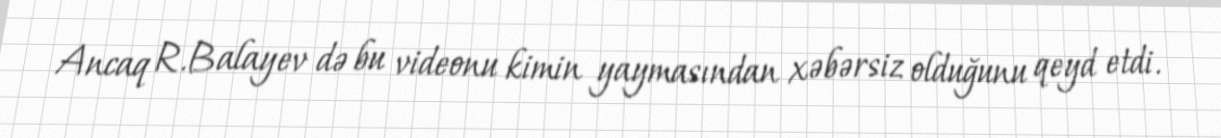
Ancaq R.Balayev də bu videonu kimin yaymasından xəbərsiz olduğunu qeyd etdi.